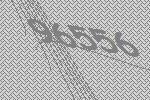
96556